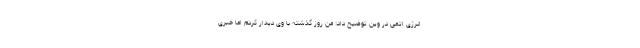
انرژی اتمی در وین توضیح داد: من روز گذشته با وی دیدار کردم اما خبری